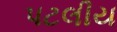
પટલીય